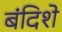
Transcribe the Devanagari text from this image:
बंदिशे